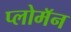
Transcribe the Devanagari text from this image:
प्लोमॅन